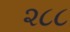
૨૮૮